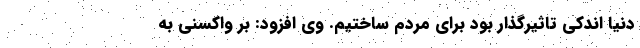
دنیا اندکی تاثیرگذار بود برای مردم ساختیم. وی افزود: بر واکسنی به